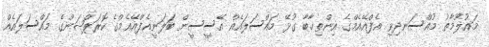
މައުލޫމާތު މުއްސަނދިވި އެފްއޭއެމްގެ އިންތިޚާބާ ގުޅޭ މައްސަލައެއް އޭސީސީން ބަލަނީއެފްއޭއެމްގެ ކޮރަޕްޝަންގެ މައްސަލައެއް